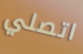
اتصلي